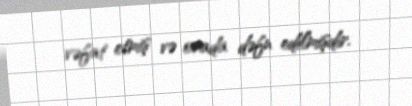
vəfat etmiş və orada dəfn edilmişdir.